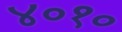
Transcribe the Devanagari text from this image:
४०१०